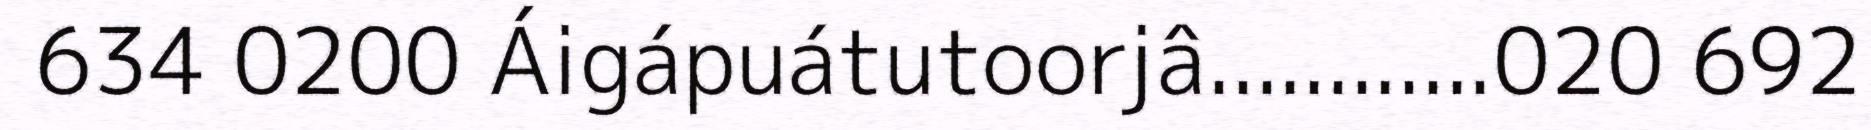
634 0200 Áigápuátutoorjâ............020 692